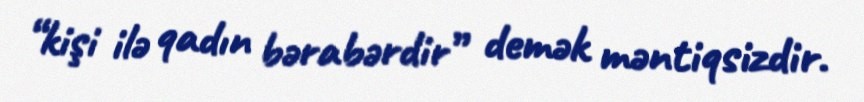
“kişi ilə qadın bərabərdir” demək məntiqsizdir.